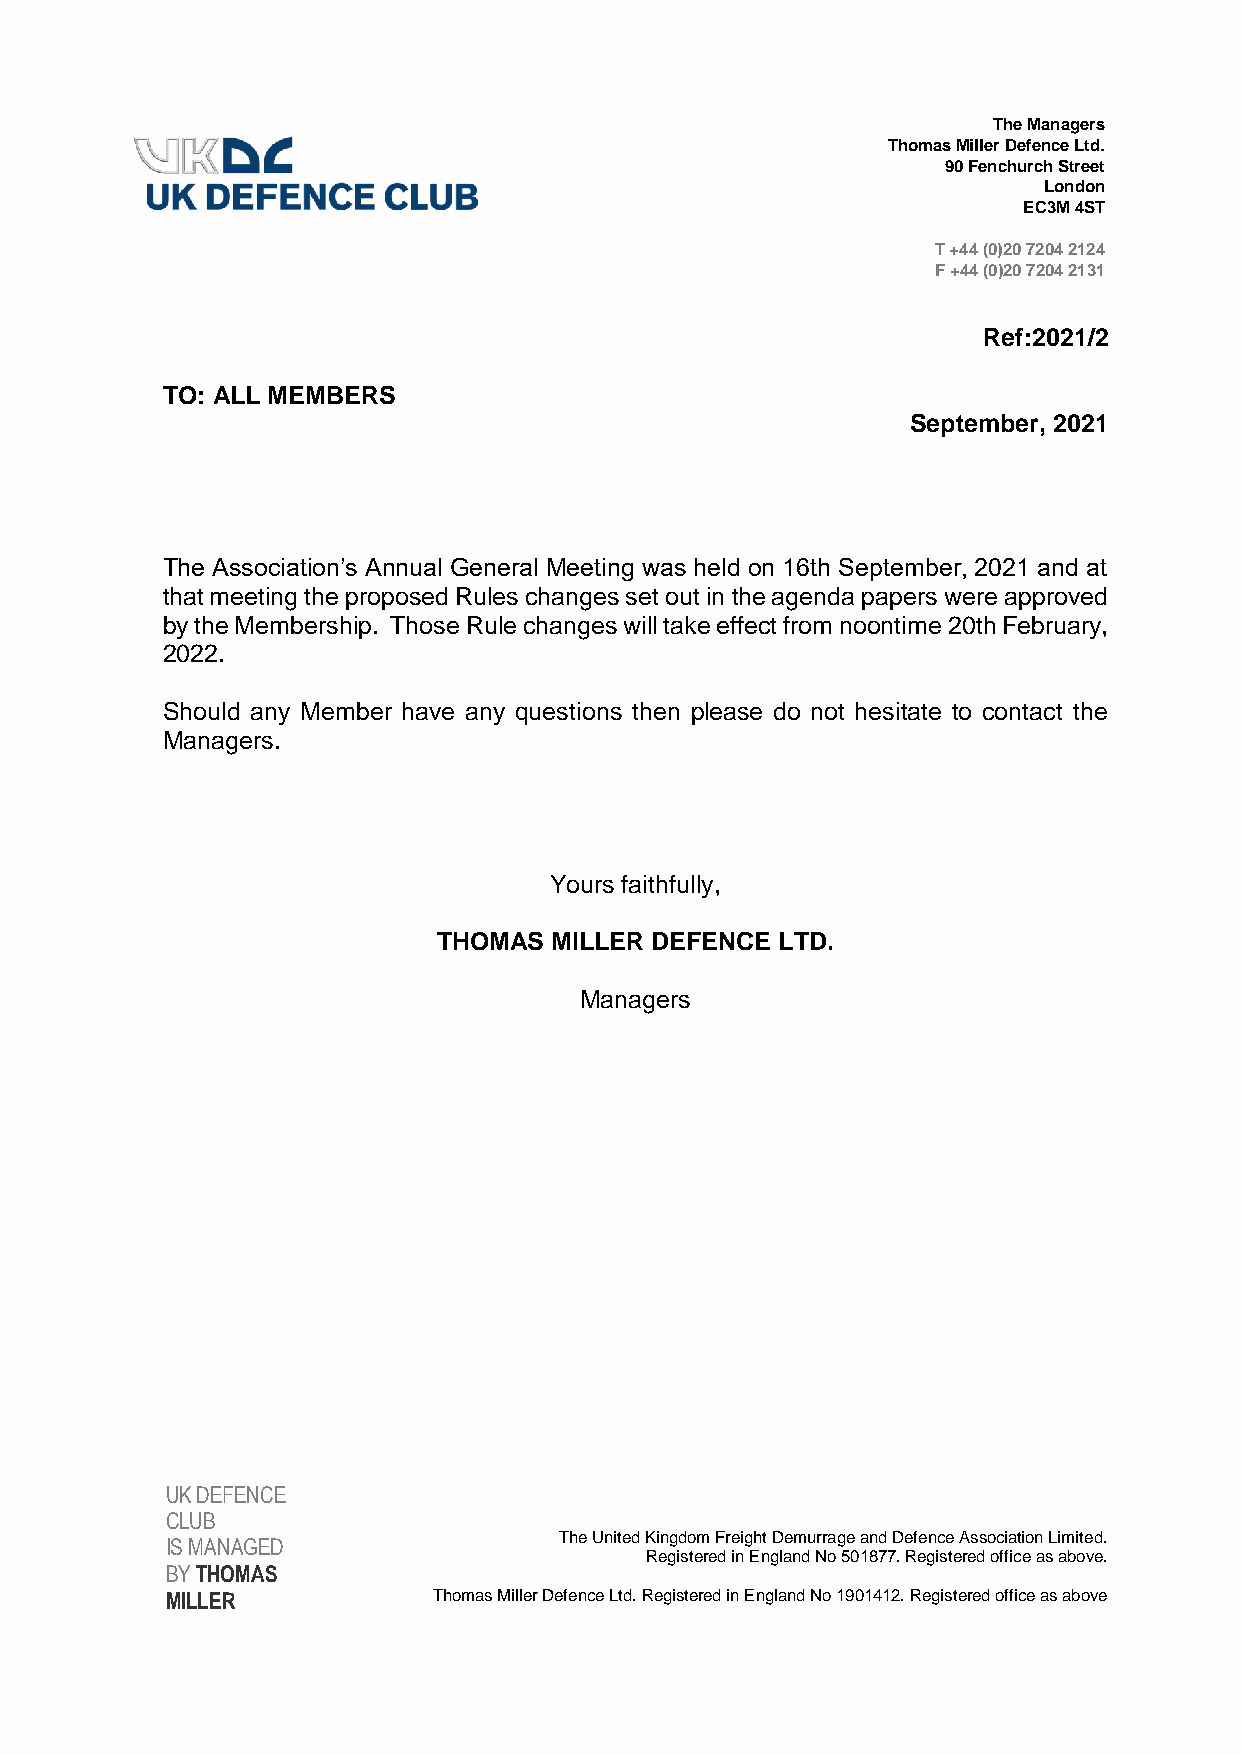
The Managers
 Thomas Miller Defence Ltd.
 90 Fenchurch Street
 London
 EC3M 4ST
 T +44 (0)20 7204 2124
 F +44 (0)20 7204 2131
 Ref:2021/2
 TO: ALL MEMBERS
 September, 2021
 The Association’s Annual General Meeting was held on 16th September, 2021 and at
 that meeting the proposed Rules changes set out in the agenda papers were approved
 by the Membership. Those Rule changes will take effect from noontime 20th February,
 2022.
 Should any Member have any questions then please do not hesitate to contact the
 Managers.
 Yours faithfully,
 THOMAS MILLER DEFENCE  LTD.
 Managers
 UK DEFENCE
 CLUB
 The United Kingdom Freight Demurrage and Defence Association Limited.
 IS MANAGED
 Registered in England No 501877. Registered office as above.
 BY THOMAS
 MILLER            Thomas Miller Defence Ltd. Registered in England No 1901412. Registered office as above